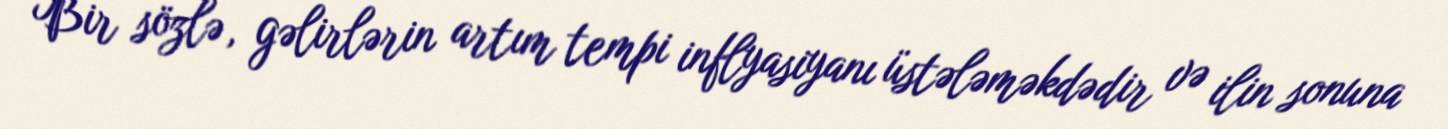
Bir sözlə, gəlirlərin artım tempi inflyasiyanı üstələməkdədir və ilin sonuna